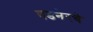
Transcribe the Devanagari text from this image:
वडनेरचे